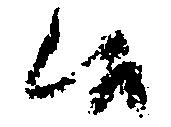
候